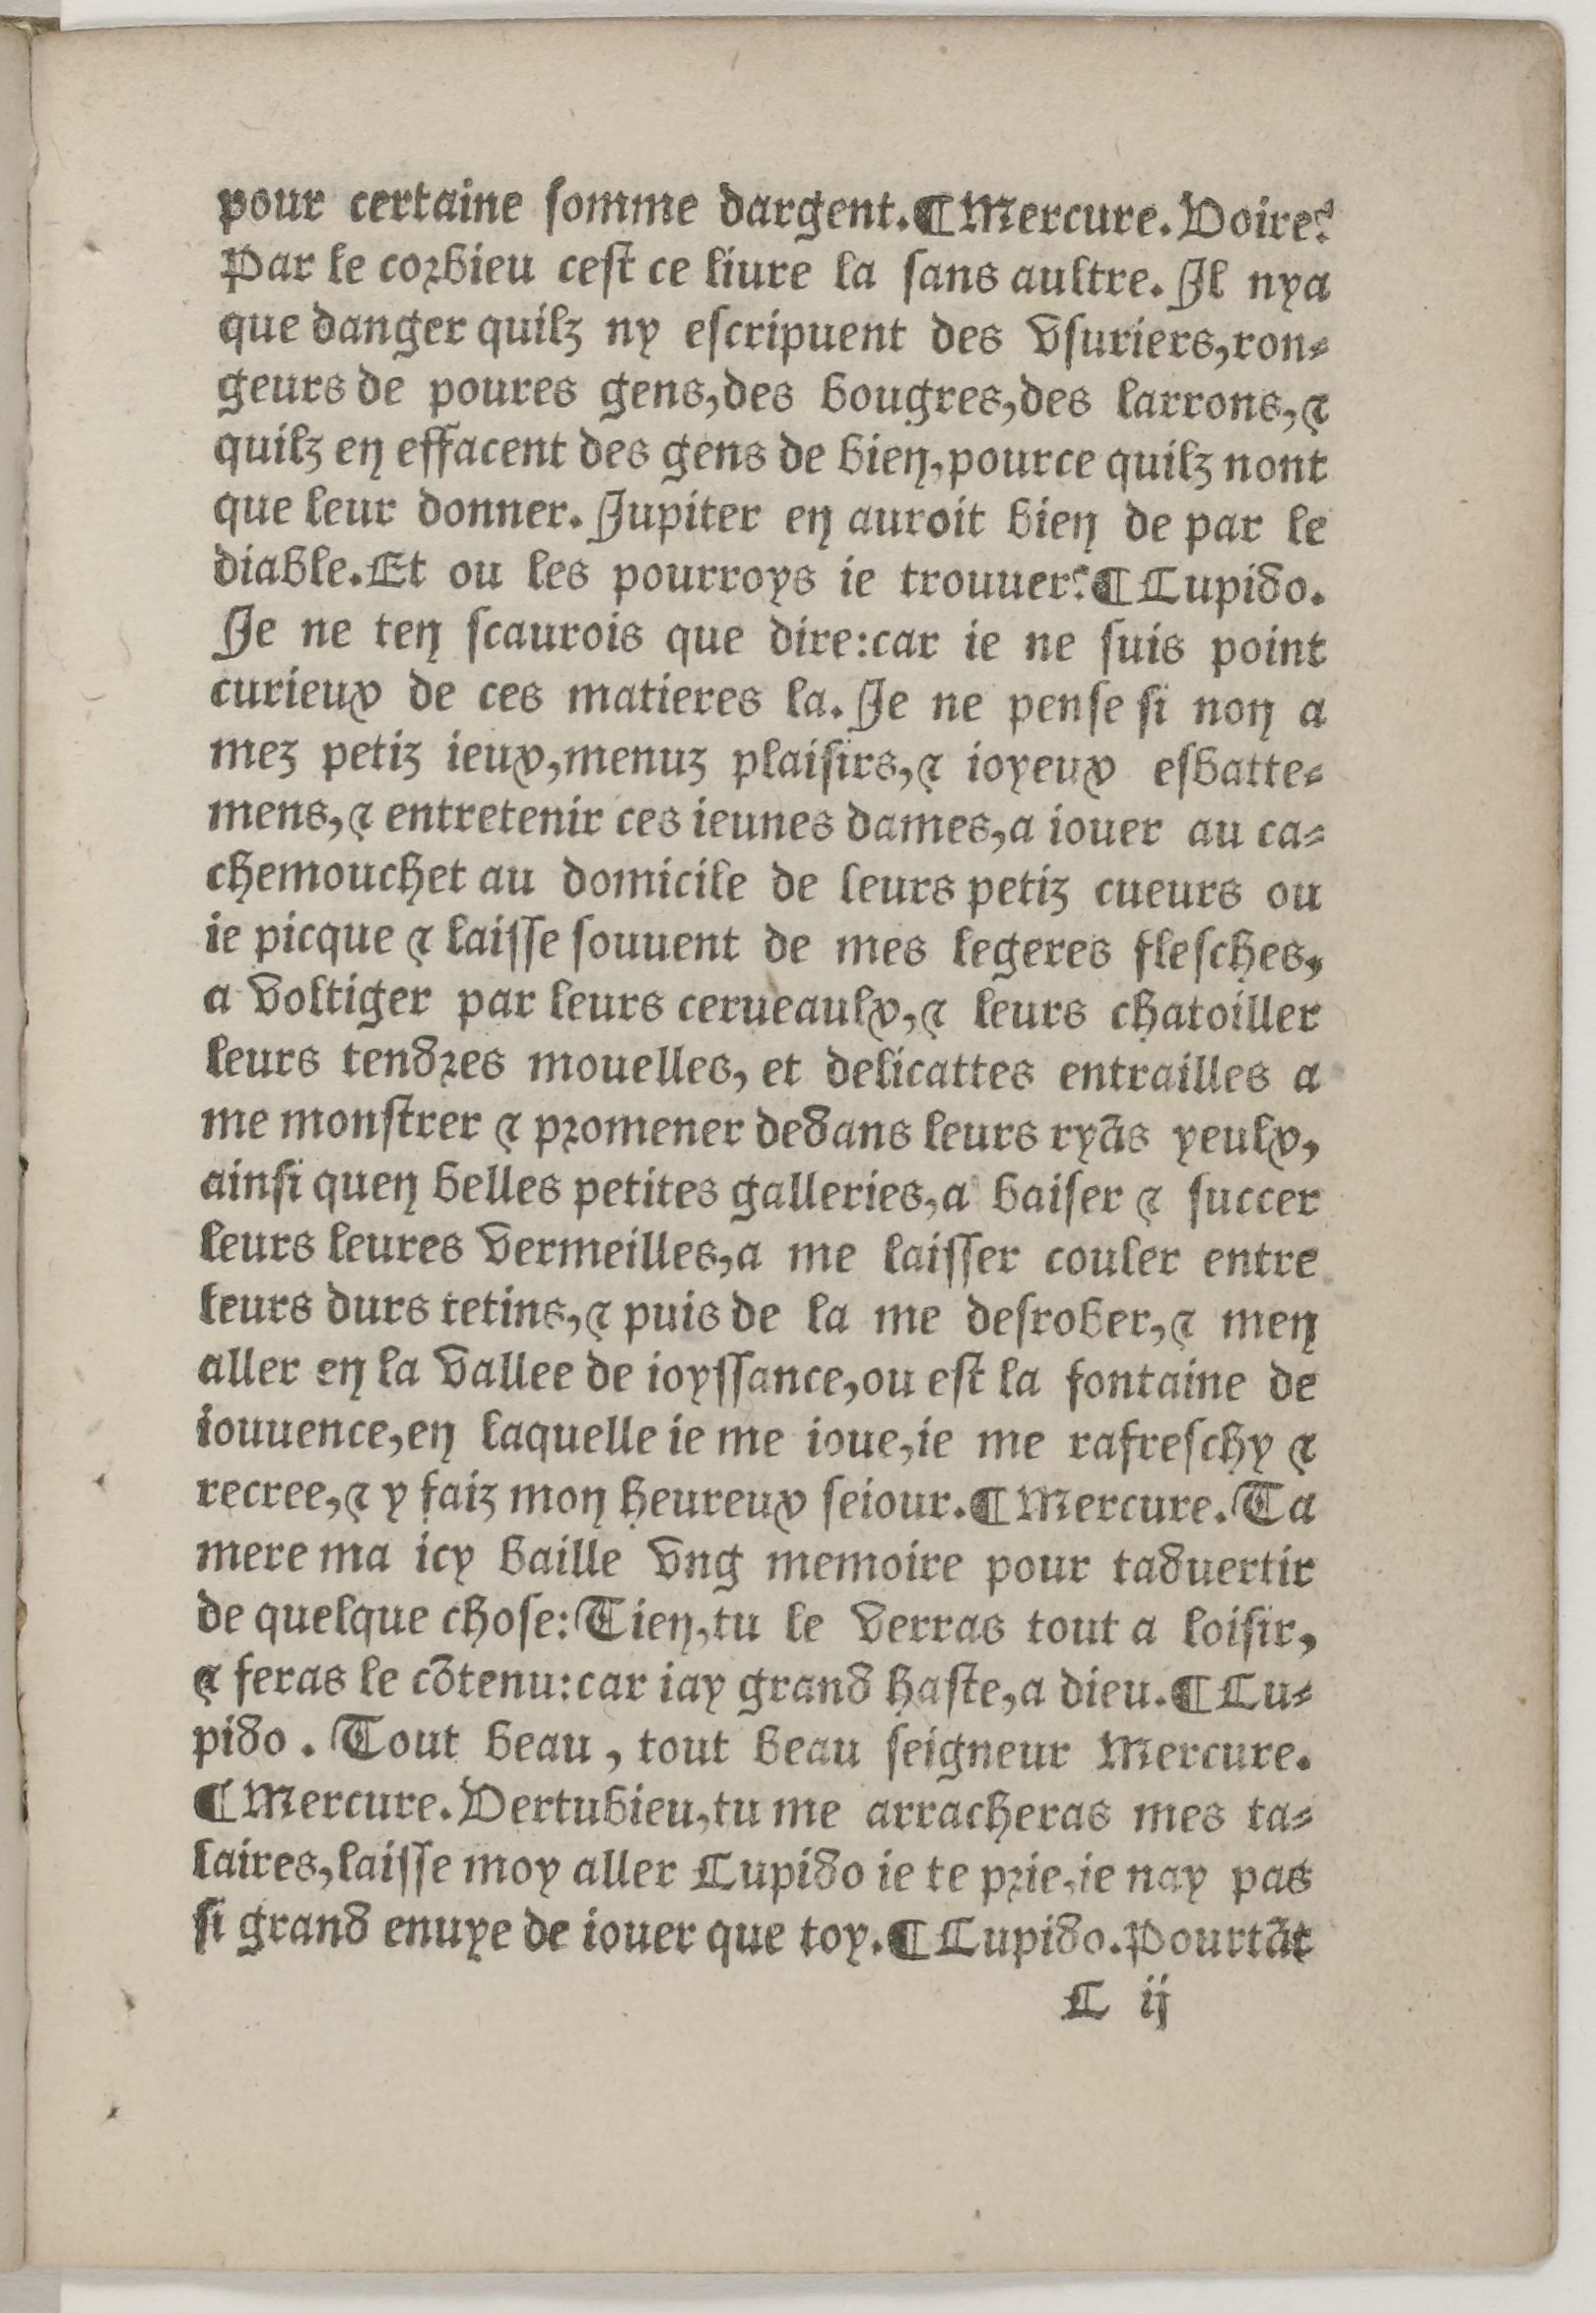
Shelfmark: Paris, BnF, Rés. Z-2442
Century: 16